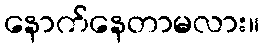
နောက်နေတာမလား။